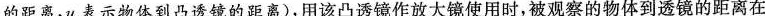
的距离，u表示物体到凸透镜的距离)，用该凸透镜作放大镜使用时，被观察的物体到透镜的距离在